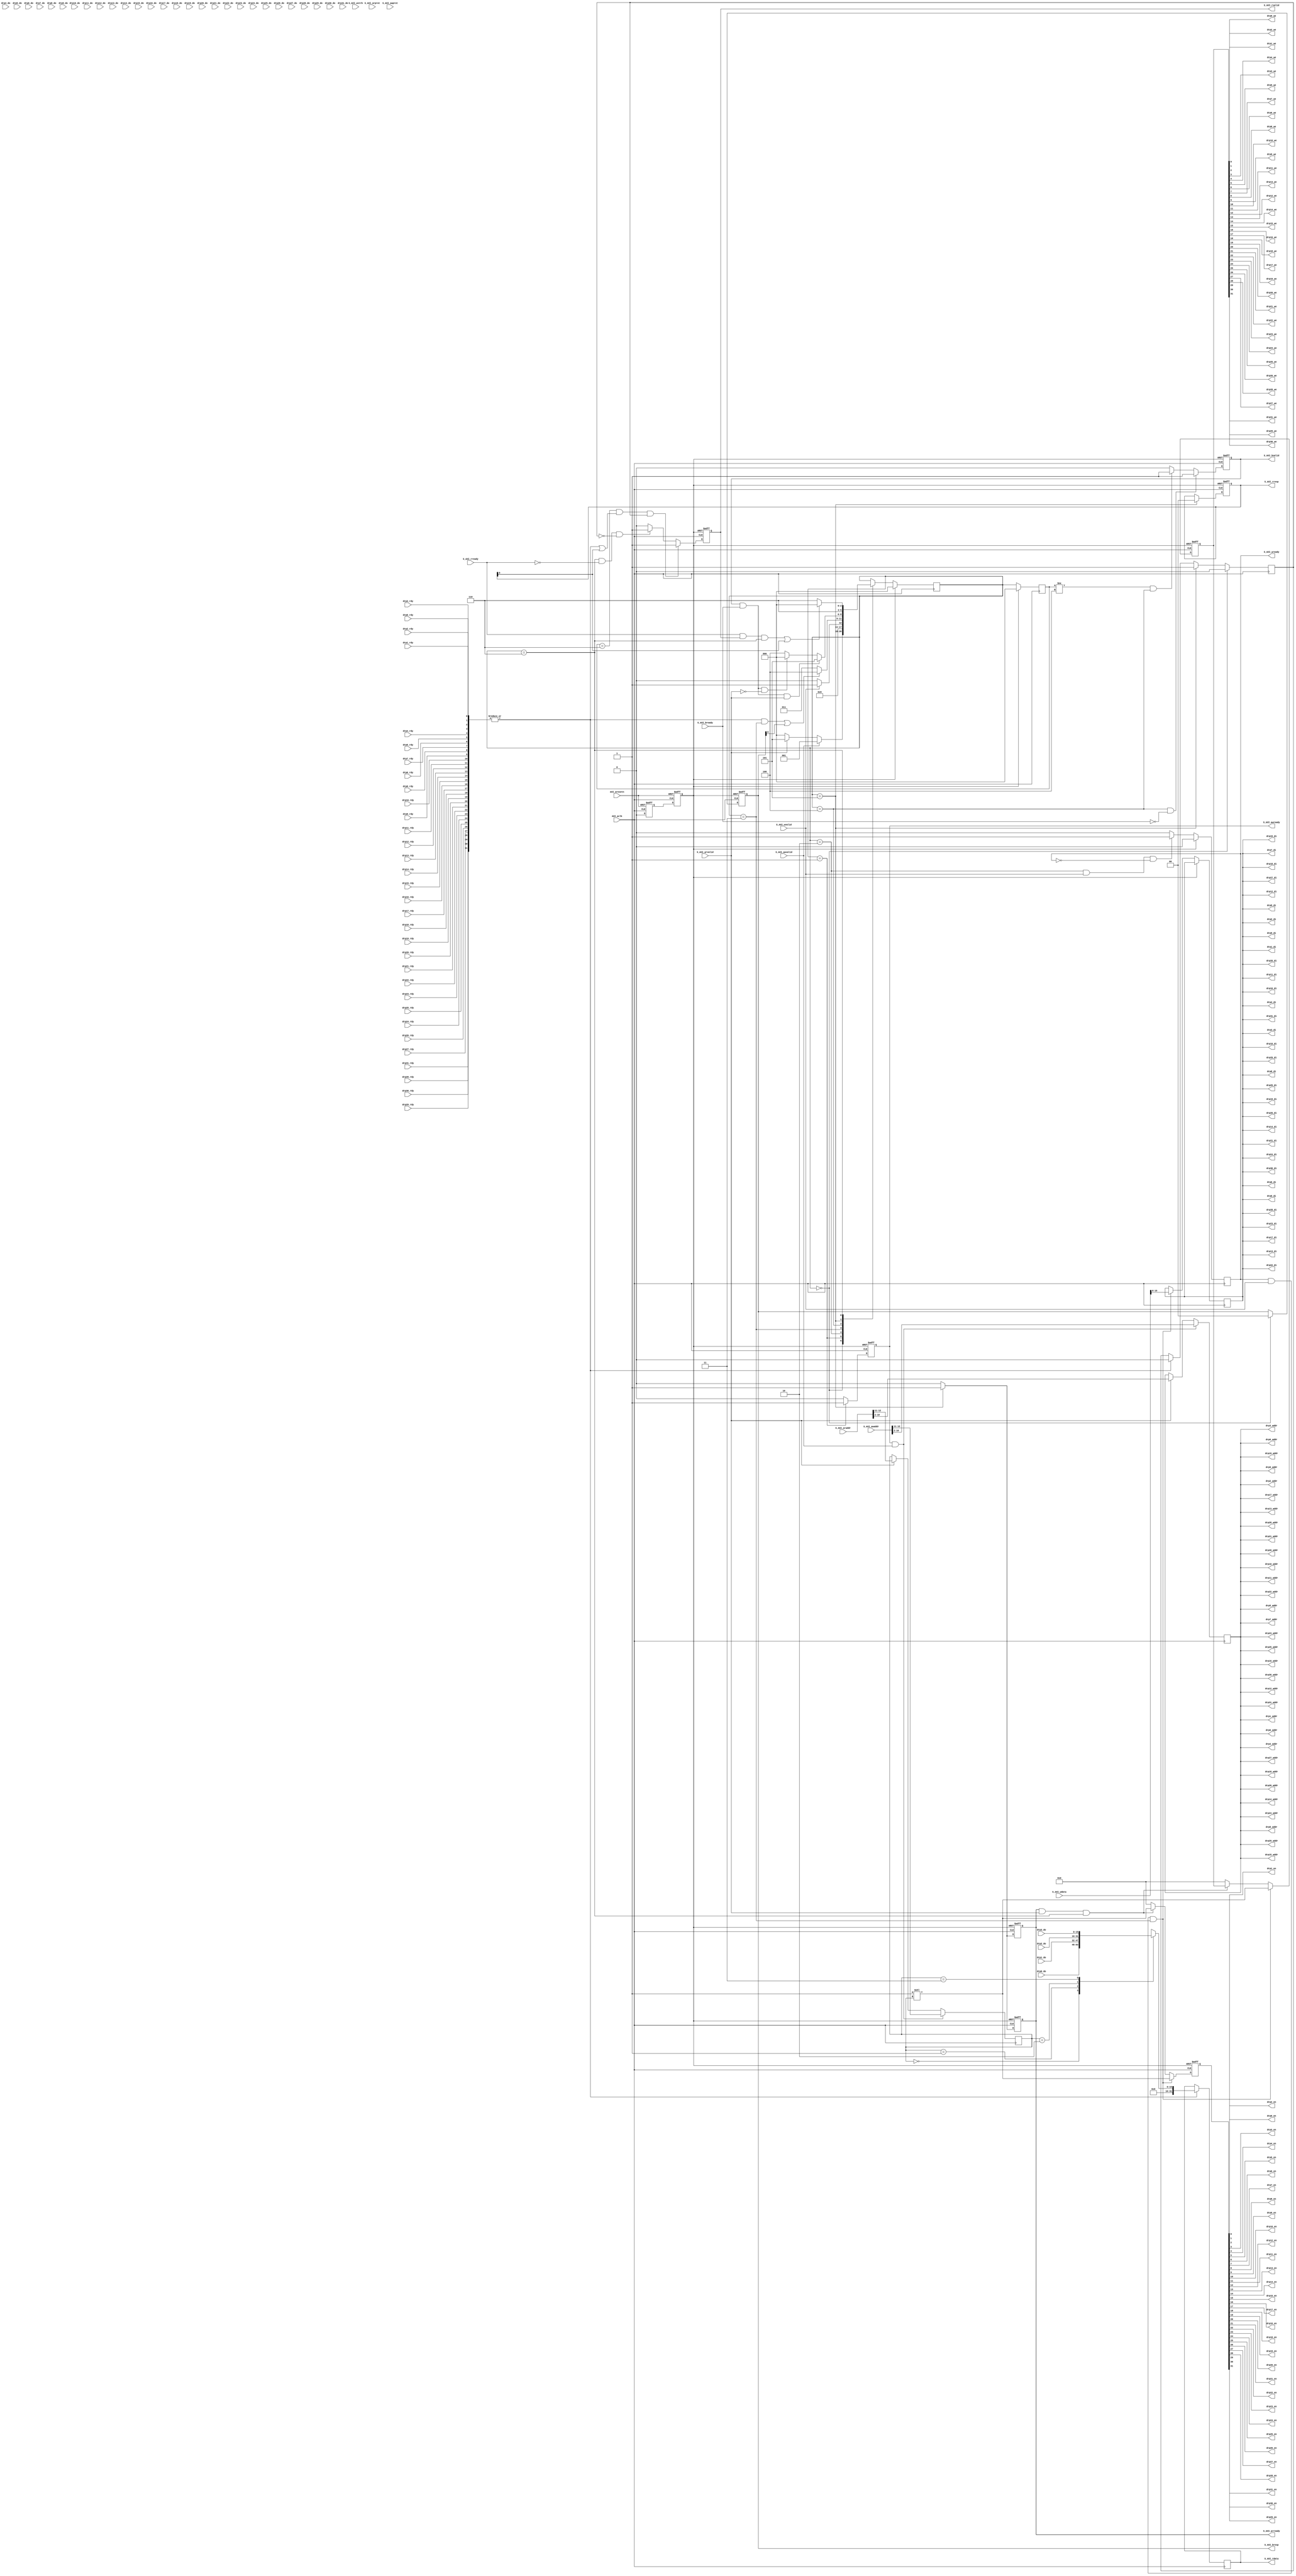
`timescale 1ns/1ns

module drp_bridge #(
  parameter DRP_COUNT            = 4, 
  parameter DRP_ADDR_WIDTH       = 9,                
  parameter DRP_DATA_WIDTH       = 16,
  parameter S_AXI_ADDR_WIDTH     = 32,               
  parameter S_AXI_DATA_WIDTH     = 32
  
)(

  //--------------  AXI Interface Signals         --------------
  input                             AXI_aclk,
  input                             AXI_aresetn,
  
  input  [32-1:0]                   S_AXI_araddr,
  output reg                        S_AXI_arready,
  input                             S_AXI_arvalid,
  input  [2:0]                      S_AXI_arprot,
  
  input [32-1:0]                    S_AXI_awaddr,
  output reg                        S_AXI_awready,
  input                             S_AXI_awvalid,
  input  [2:0]                      S_AXI_awprot,
  
  output reg [1:0]                  S_AXI_bresp,  
  input                             S_AXI_bready,
  output reg                        S_AXI_bvalid,
  
  output reg [S_AXI_DATA_WIDTH-1:0] S_AXI_rdata,
  input                             S_AXI_rready,
  output reg                        S_AXI_rvalid,
  output reg [1:0]                  S_AXI_rresp,
  
  input  [S_AXI_DATA_WIDTH-1:0]     S_AXI_wdata,
  output reg                        S_AXI_wready,
  input                             S_AXI_wvalid,
  input  [S_AXI_DATA_WIDTH/8-1:0]   S_AXI_wstrb,
  
  //-------------- Dynamic Reconfiguration Port (DRP) --------------
  
  output                                      drp0_en,
  output                                      drp0_we,
  output    [DRP_ADDR_WIDTH-1: 0]             drp0_addr,
  output    [DRP_DATA_WIDTH-1: 0]             drp0_di,
  input  [DRP_DATA_WIDTH-1: 0]                drp0_do,
  input                                       drp0_rdy,  

  output                                      drp1_en,
  output                                      drp1_we,
  output    [DRP_ADDR_WIDTH-1: 0]             drp1_addr,
  output     [DRP_DATA_WIDTH-1: 0]            drp1_di,
  input  [DRP_DATA_WIDTH-1: 0]                drp1_do,
  input                                       drp1_rdy,  

  output                                      drp2_en,
  output                                      drp2_we,
  output     [DRP_ADDR_WIDTH-1: 0]            drp2_addr,
  output     [DRP_DATA_WIDTH-1: 0]            drp2_di,            
  input  [DRP_DATA_WIDTH-1: 0]                drp2_do,
  input                                       drp2_rdy,
  
  output                                      drp3_en,
  output                                      drp3_we,
  output    [DRP_ADDR_WIDTH-1: 0]             drp3_addr,
  output     [DRP_DATA_WIDTH-1: 0]            drp3_di,
  input  [DRP_DATA_WIDTH-1: 0]                drp3_do,
  input                                       drp3_rdy,
  
  output                                      drp4_en,
  output                                      drp4_we,
  output     [DRP_ADDR_WIDTH-1: 0]            drp4_addr,
  output     [DRP_DATA_WIDTH-1: 0]            drp4_di,
  input  [DRP_DATA_WIDTH-1: 0]                drp4_do,
  input                                       drp4_rdy,

  output                                      drp5_en,
  output                                      drp5_we,
  output     [DRP_ADDR_WIDTH-1: 0]            drp5_addr,
  output     [DRP_DATA_WIDTH-1: 0]            drp5_di,
  input  [DRP_DATA_WIDTH-1: 0]                drp5_do,
  input                                       drp5_rdy,    
  
  output                                      drp6_en,
  output                                      drp6_we,
  output     [DRP_ADDR_WIDTH-1: 0]            drp6_addr,
  output     [DRP_DATA_WIDTH-1: 0]            drp6_di,
  input  [DRP_DATA_WIDTH-1: 0]                drp6_do,
  input                                       drp6_rdy,

  output                                      drp7_en,
  output                                      drp7_we,
  output     [DRP_ADDR_WIDTH-1: 0]            drp7_addr,
  output     [DRP_DATA_WIDTH-1: 0]            drp7_di,
  input  [DRP_DATA_WIDTH-1: 0]                drp7_do,
  input                                       drp7_rdy,

  output                                      drp8_en,
  output                                      drp8_we,
  output     [DRP_ADDR_WIDTH-1: 0]            drp8_addr,
  output     [DRP_DATA_WIDTH-1: 0]            drp8_di,
  input  [DRP_DATA_WIDTH-1: 0]                drp8_do,
  input                                       drp8_rdy,

  output                                      drp9_en,
  output                                      drp9_we,
  output     [DRP_ADDR_WIDTH-1: 0]            drp9_addr,
  output     [DRP_DATA_WIDTH-1: 0]            drp9_di,
  input  [DRP_DATA_WIDTH-1: 0]                drp9_do,
  input                                       drp9_rdy,

  output                                      drp10_en,
  output                                      drp10_we,
  output     [DRP_ADDR_WIDTH-1: 0]            drp10_addr,
  output     [DRP_DATA_WIDTH-1: 0]            drp10_di,
  input  [DRP_DATA_WIDTH-1: 0]                drp10_do,
  input                                       drp10_rdy,  

  output                                      drp11_en,
  output                                      drp11_we,
  output     [DRP_ADDR_WIDTH-1: 0]            drp11_addr,
  output     [DRP_DATA_WIDTH-1: 0]            drp11_di,
  input  [DRP_DATA_WIDTH-1: 0]                drp11_do,
  input                                       drp11_rdy,

  output                                      drp12_en,
  output                                      drp12_we,
  output     [DRP_ADDR_WIDTH-1: 0]            drp12_addr,
  output     [DRP_DATA_WIDTH-1: 0]            drp12_di,
  input  [DRP_DATA_WIDTH-1: 0]                drp12_do,
  input                                       drp12_rdy,

  output                                      drp13_en,
  output                                      drp13_we,
  output     [DRP_ADDR_WIDTH-1: 0]            drp13_addr,
  output     [DRP_DATA_WIDTH-1: 0]            drp13_di,
  input  [DRP_DATA_WIDTH-1: 0]                drp13_do,
  input                                       drp13_rdy,

  output                                      drp14_en,
  output                                      drp14_we,
  output     [DRP_ADDR_WIDTH-1: 0]            drp14_addr,
  output     [DRP_DATA_WIDTH-1: 0]            drp14_di,
  input  [DRP_DATA_WIDTH-1: 0]                drp14_do,
  input                                       drp14_rdy,

  output                                      drp15_en,
  output                                      drp15_we,
  output     [DRP_ADDR_WIDTH-1: 0]            drp15_addr,
  output     [DRP_DATA_WIDTH-1: 0]            drp15_di,
  input  [DRP_DATA_WIDTH-1: 0]                drp15_do,
  input                                       drp15_rdy,

  output                                      drp16_en,
  output                                      drp16_we,
  output     [DRP_ADDR_WIDTH-1: 0]            drp16_addr,
  output     [DRP_DATA_WIDTH-1: 0]            drp16_di,
  input  [DRP_DATA_WIDTH-1: 0]                drp16_do,
  input                                       drp16_rdy,

  output                                      drp17_en,
  output                                      drp17_we,
  output     [DRP_ADDR_WIDTH-1: 0]            drp17_addr,
  output     [DRP_DATA_WIDTH-1: 0]            drp17_di,
  input  [DRP_DATA_WIDTH-1: 0]                drp17_do,
  input                                       drp17_rdy,

  output                                      drp18_en,
  output                                      drp18_we,
  output     [DRP_ADDR_WIDTH-1: 0]            drp18_addr,
  output     [DRP_DATA_WIDTH-1: 0]            drp18_di,
  input  [DRP_DATA_WIDTH-1: 0]                drp18_do,
  input                                       drp18_rdy,

  output                                      drp19_en,
  output                                      drp19_we,
  output     [DRP_ADDR_WIDTH-1: 0]            drp19_addr,
  output     [DRP_DATA_WIDTH-1: 0]            drp19_di,
  input  [DRP_DATA_WIDTH-1: 0]                drp19_do,
  input                                       drp19_rdy,

  output                                      drp20_en,
  output                                      drp20_we,
  output    [DRP_ADDR_WIDTH-1: 0]             drp20_addr,
  output    [DRP_DATA_WIDTH-1: 0]             drp20_di,
  input  [DRP_DATA_WIDTH-1: 0]                drp20_do,
  input                                       drp20_rdy,  

  output                                      drp21_en,
  output                                      drp21_we,
  output    [DRP_ADDR_WIDTH-1: 0]             drp21_addr,
  output     [DRP_DATA_WIDTH-1: 0]            drp21_di,
  input  [DRP_DATA_WIDTH-1: 0]                drp21_do,
  input                                       drp21_rdy,  

  output                                      drp22_en,
  output                                      drp22_we,
  output     [DRP_ADDR_WIDTH-1: 0]            drp22_addr,
  output     [DRP_DATA_WIDTH-1: 0]            drp22_di,
  input  [DRP_DATA_WIDTH-1: 0]                drp22_do,
  input                                       drp22_rdy,
  
  output                                      drp23_en,
  output                                      drp23_we,
  output    [DRP_ADDR_WIDTH-1: 0]             drp23_addr,
  output     [DRP_DATA_WIDTH-1: 0]            drp23_di,
  input  [DRP_DATA_WIDTH-1: 0]                drp23_do,
  input                                       drp23_rdy,
  
  output                                      drp24_en,
  output                                      drp24_we,
  output     [DRP_ADDR_WIDTH-1: 0]            drp24_addr,
  output     [DRP_DATA_WIDTH-1: 0]            drp24_di,
  input  [DRP_DATA_WIDTH-1: 0]                drp24_do,
  input                                       drp24_rdy,

  output                                      drp25_en,
  output                                      drp25_we,
  output     [DRP_ADDR_WIDTH-1: 0]            drp25_addr,
  output     [DRP_DATA_WIDTH-1: 0]            drp25_di,
  input  [DRP_DATA_WIDTH-1: 0]                drp25_do,
  input                                       drp25_rdy,    
  
  output                                      drp26_en,
  output                                      drp26_we,
  output     [DRP_ADDR_WIDTH-1: 0]            drp26_addr,
  output     [DRP_DATA_WIDTH-1: 0]            drp26_di,
  input  [DRP_DATA_WIDTH-1: 0]                drp26_do,
  input                                       drp26_rdy,

  output                                      drp27_en,
  output                                      drp27_we,
  output     [DRP_ADDR_WIDTH-1: 0]            drp27_addr,
  output     [DRP_DATA_WIDTH-1: 0]            drp27_di,
  input  [DRP_DATA_WIDTH-1: 0]                drp27_do,
  input                                       drp27_rdy,

  output                                      drp28_en,
  output                                      drp28_we,
  output     [DRP_ADDR_WIDTH-1: 0]            drp28_addr,
  output     [DRP_DATA_WIDTH-1: 0]            drp28_di,
  input  [DRP_DATA_WIDTH-1: 0]                drp28_do,
  input                                       drp28_rdy,

  output                                      drp29_en,
  output                                      drp29_we,
  output     [DRP_ADDR_WIDTH-1: 0]            drp29_addr,
  output     [DRP_DATA_WIDTH-1: 0]            drp29_di,
  input  [DRP_DATA_WIDTH-1: 0]                drp29_do,
  input                                       drp29_rdy,

  output                                      drp30_en,
  output                                      drp30_we,
  output    [DRP_ADDR_WIDTH-1: 0]             drp30_addr,
  output    [DRP_DATA_WIDTH-1: 0]             drp30_di,
  input  [DRP_DATA_WIDTH-1: 0]                drp30_do,
  input                                       drp30_rdy,  

  output                                      drp31_en,
  output                                      drp31_we,
  output    [DRP_ADDR_WIDTH-1: 0]             drp31_addr,
  output     [DRP_DATA_WIDTH-1: 0]            drp31_di,
  input  [DRP_DATA_WIDTH-1: 0]                drp31_do,
  input                                       drp31_rdy  
  
  ) ; // drp_bridge
        

function integer clogb2;
    input [31:0] value;
    begin
        value = value - 1;
        for (clogb2 = 0; value > 0; clogb2 = clogb2 + 1) begin
            value = value >> 1;
        end
    end
endfunction

localparam MAXDRPs = 32;


//This is done due to limitations in the Packager
reg   [MAXDRPs-1:0] drp_en;
reg   [MAXDRPs-1:0] drp_we;
wire  [MAXDRPs-1:0] drp_rdy;
wire  [MAXDRPs*DRP_DATA_WIDTH-1:0] drp_do;
reg   [DRP_DATA_WIDTH-1:0] drp_di;
reg   [DRP_ADDR_WIDTH-1:0] drp_addr;

assign drp0_en = drp_en[0];
assign drp1_en = drp_en[1];
assign drp2_en = drp_en[2];
assign drp3_en = drp_en[3];
assign drp4_en = drp_en[4];
assign drp5_en = drp_en[5];
assign drp6_en = drp_en[6];
assign drp7_en = drp_en[7];
assign drp8_en = drp_en[8];
assign drp9_en = drp_en[9];
assign drp10_en = drp_en[10];
assign drp11_en = drp_en[11];
assign drp12_en = drp_en[12];
assign drp13_en = drp_en[13];
assign drp14_en = drp_en[14];
assign drp15_en = drp_en[15];
assign drp16_en = drp_en[16];
assign drp17_en = drp_en[17];
assign drp18_en = drp_en[18];
assign drp19_en = drp_en[19];
assign drp20_en = drp_en[20];
assign drp21_en = drp_en[21];
assign drp22_en = drp_en[22];
assign drp23_en = drp_en[23];
assign drp24_en = drp_en[24];
assign drp25_en = drp_en[25];
assign drp26_en = drp_en[26];
assign drp27_en = drp_en[27];
assign drp28_en = drp_en[28];
assign drp29_en = drp_en[29];
assign drp30_en = drp_en[30];
assign drp31_en = drp_en[31];

assign drp0_we = drp_we[0];
assign drp1_we = drp_we[1];
assign drp2_we = drp_we[2];
assign drp3_we = drp_we[3];
assign drp4_we = drp_we[4];
assign drp5_we = drp_we[5];
assign drp6_we = drp_we[6];
assign drp7_we = drp_we[7];
assign drp8_we = drp_we[8];
assign drp9_we = drp_we[9];
assign drp10_we = drp_we[10];
assign drp11_we = drp_we[11];
assign drp12_we = drp_we[12];
assign drp13_we = drp_we[13];
assign drp14_we = drp_we[14];
assign drp15_we = drp_we[15];
assign drp16_we = drp_we[16];
assign drp17_we = drp_we[17];
assign drp18_we = drp_we[18];
assign drp19_we = drp_we[19];
assign drp20_we = drp_we[20];
assign drp21_we = drp_we[21];
assign drp22_we = drp_we[22];
assign drp23_we = drp_we[23];
assign drp24_we = drp_we[24];
assign drp25_we = drp_we[25];
assign drp26_we = drp_we[26];
assign drp27_we = drp_we[27];
assign drp28_we = drp_we[28];
assign drp29_we = drp_we[29];
assign drp30_we = drp_we[30];
assign drp31_we = drp_we[31]; 

assign drp0_di = drp_di;
assign drp1_di = drp_di;
assign drp2_di = drp_di;
assign drp3_di = drp_di;
assign drp4_di = drp_di;
assign drp5_di = drp_di;
assign drp6_di = drp_di;
assign drp7_di = drp_di;
assign drp8_di = drp_di;
assign drp9_di = drp_di;
assign drp10_di = drp_di;
assign drp11_di = drp_di;
assign drp12_di = drp_di;
assign drp13_di = drp_di;
assign drp14_di = drp_di;
assign drp15_di = drp_di;
assign drp16_di = drp_di;
assign drp17_di = drp_di;
assign drp18_di = drp_di;
assign drp19_di = drp_di;
assign drp20_di = drp_di;
assign drp21_di = drp_di;
assign drp22_di = drp_di;
assign drp23_di = drp_di;
assign drp24_di = drp_di;
assign drp25_di = drp_di;
assign drp26_di = drp_di;
assign drp27_di = drp_di;
assign drp28_di = drp_di;
assign drp29_di = drp_di;
assign drp30_di = drp_di;
assign drp31_di = drp_di; 

assign drp0_addr = drp_addr;
assign drp1_addr = drp_addr;
assign drp2_addr = drp_addr;
assign drp3_addr = drp_addr;
assign drp4_addr = drp_addr;
assign drp5_addr = drp_addr;
assign drp6_addr = drp_addr;
assign drp7_addr = drp_addr;
assign drp8_addr = drp_addr;
assign drp9_addr = drp_addr;
assign drp10_addr = drp_addr;
assign drp11_addr = drp_addr;
assign drp12_addr = drp_addr;
assign drp13_addr = drp_addr;
assign drp14_addr = drp_addr;
assign drp15_addr = drp_addr;
assign drp16_addr = drp_addr;
assign drp17_addr = drp_addr;
assign drp18_addr = drp_addr;
assign drp19_addr = drp_addr;
assign drp20_addr = drp_addr;
assign drp21_addr = drp_addr;
assign drp22_addr = drp_addr;
assign drp23_addr = drp_addr;
assign drp24_addr = drp_addr;
assign drp25_addr = drp_addr;
assign drp26_addr = drp_addr;
assign drp27_addr = drp_addr;
assign drp28_addr = drp_addr;
assign drp29_addr = drp_addr;
assign drp30_addr = drp_addr;
assign drp31_addr = drp_addr; 

assign drp_rdy  = {   drp31_rdy, drp30_rdy, drp29_rdy, drp28_rdy, drp27_rdy, drp26_rdy, drp25_rdy, drp24_rdy, drp23_rdy, drp22_rdy, drp21_rdy, drp20_rdy,  
                    drp19_rdy, drp18_rdy, drp17_rdy, drp16_rdy, drp15_rdy, drp14_rdy, drp13_rdy, drp12_rdy, drp11_rdy, drp10_rdy, 
                    drp9_rdy, drp8_rdy, drp7_rdy, drp6_rdy, drp5_rdy, drp4_rdy, drp3_rdy, drp2_rdy, drp1_rdy, drp0_rdy};
assign drp_do   = { drp31_do, drp30_do, drp29_do, drp28_do, drp27_do, drp26_do, drp25_do, drp24_do, drp23_do, drp22_do, drp21_do, drp20_do, 
                    drp19_do, drp18_do, drp17_do, drp16_do, drp15_do, drp14_do, drp13_do, drp12_do, drp11_do, drp10_do, 
                    drp9_do, drp8_do, drp7_do, drp6_do, drp5_do, drp4_do, drp3_do, drp2_do, drp1_do, drp0_do};



localparam dly = 1;
localparam extra_addr_bits         = clogb2(DRP_COUNT);
localparam dpr_select_width        = (extra_addr_bits == 0 ) ? 1 : extra_addr_bits;
localparam extra_addr_bits_plusone = clogb2(DRP_COUNT+1);
reg read_pending;

reg [dpr_select_width-1:0] drp_select;

wire drp_write_done;
wire drp_read_done;
reg drp_we_r;
reg drp_en_r;
wire bad_wr_addr;
wire bad_rd_addr;
wire bad_wr_addr_r;
wire bad_rd_addr_r;



//+---------------------------------------------------------------------------+
//|                paramaterizable MUX                                        |
//+---------------------------------------------------------------------------+
integer ii;
reg     [DRP_DATA_WIDTH-1:0] drp_do_array [0:DRP_COUNT-1];

always @*
    for(ii=0; ii<DRP_COUNT; ii=ii+1) begin
        drp_do_array[ii] = drp_do[(ii*DRP_DATA_WIDTH)+:DRP_DATA_WIDTH];
    end 



//+---------------------------------------------------------------+
//|       Synchronizing the Reset                                 |
//+---------------------------------------------------------------+
reg AXI_aresetn_r1 ;
reg AXI_aresetn_r2 ;
wire AXI_sreset ;

always @ (posedge AXI_aclk or negedge AXI_aresetn)
begin
 if (AXI_aresetn == 1'b0) begin
  AXI_aresetn_r1                   <= #(dly) 1'd1;
  AXI_aresetn_r2                   <= #(dly) 1'd1;
 end
 else begin
  AXI_aresetn_r1                   <= #(dly) 1'b0;
  AXI_aresetn_r2                   <= #(dly) AXI_aresetn_r1;
 end
end

assign AXI_sreset = AXI_aresetn_r2;                
       
//State Machine Signals:
  localparam idle_state           = 3'b000;
  localparam drp_write_state      = 3'b001;
  localparam drp_write_data_latch = 3'b010;
  localparam drp_write_wait       = 3'b011;
  localparam write_response       = 3'b100;
  localparam drp_read_state       = 3'b101;
  localparam drp_read_wait        = 3'b110;
  reg [2:0] state_wr              = idle_state;
  
//+---------------------------------------------------------------------------+
//|                 Main State Machine                                        |
//+---------------------------------------------------------------------------+

reg [2:0] state_wr_r;
always @ (posedge AXI_aclk)
begin
  if ( AXI_sreset == 1'b1) 
    state_wr_r         <= #(dly) 0;
  else
    state_wr_r         <= #(dly) state_wr;
end

always @(posedge AXI_aclk)
begin
 if ( AXI_sreset == 1'b1) begin
   state_wr <= #(dly) idle_state;
 end
 else begin
   case (state_wr)
     idle_state : begin  //wait for a command to come in
       if (S_AXI_awvalid) //AXI has independant channels; need to handle both
          state_wr <= #(dly) drp_write_state;
       else if(S_AXI_arvalid)
          state_wr <= #(dly) drp_read_state;
       else
         state_wr <= #(dly) idle_state;
     end
     drp_write_state : begin //writing to DRP   
         state_wr <= #(dly) drp_write_data_latch;
     end  
     drp_write_data_latch : begin //writing to DRP
       if (S_AXI_wvalid)
         state_wr <= #(dly) drp_write_wait;
       else 
         state_wr <= #(dly) drp_write_data_latch;
     end         
     drp_write_wait : begin //writing to DRP
       if (drp_write_done  || S_AXI_bresp[0] )
         state_wr <= #(dly) write_response;
       else 
         state_wr <= #(dly) drp_write_wait;
     end 
     write_response : begin //writing to DRP
       if (S_AXI_bvalid && S_AXI_bready && S_AXI_arvalid )
         state_wr <= #(dly) drp_read_state;
       else if (S_AXI_bvalid && S_AXI_bready && !S_AXI_arvalid)
         state_wr <= #(dly) idle_state;         
       else 
         state_wr <= #(dly) write_response;
     end           
     drp_read_state : begin //reading from DRP
       state_wr <= #(dly) drp_read_wait;
     end
     drp_read_wait : begin //reading from DRP
       if (drp_read_done || S_AXI_rresp[0])
         state_wr <= #(dly) idle_state;
       else 
         state_wr <= #(dly) drp_read_wait;
     end

   endcase
 end // not AXI_sreset
end // AXI_aclk domain

//+----------------------------------------------------------------------------+
//|                 AXI Outputs                                                |
//+----------------------------------------------------------------------------+

always @ (posedge AXI_aclk or posedge AXI_sreset)
begin
  if (AXI_sreset == 1'b1)
    S_AXI_arready                  <= #(dly) 1'b0;
  else if (state_wr == drp_read_state) 
    S_AXI_arready                  <= #(dly) 1'b1;
  else
    S_AXI_arready                  <= #(dly) 1'b0;
end

always @ (posedge AXI_aclk or posedge AXI_sreset)
begin
  if (AXI_sreset == 1'b1)
    S_AXI_awready                  <= #(dly) 1'b0;
  else if (state_wr == drp_write_state) 
    S_AXI_awready                  <= #(dly) 1'b1;
  else
    S_AXI_awready                  <= #(dly) 1'b0;
end

always @ (posedge AXI_aclk or posedge AXI_sreset)
begin
  if (AXI_sreset == 1'b1)
    S_AXI_bvalid                  <= #(dly) 1'b0;
  else if ( state_wr == write_response && !S_AXI_bready)  
    S_AXI_bvalid                  <= #(dly) 1'b1;
  else if ((state_wr_r != write_response) && (state_wr == write_response))
    S_AXI_bvalid                  <= #(dly) 1'b1;
  else
    S_AXI_bvalid                  <= #(dly) 1'b0;  
end

always @ (posedge AXI_aclk or posedge AXI_sreset) 
begin
  if (AXI_sreset == 1'b1)
    S_AXI_rvalid                  <= #(dly) 1'b0;
  else if (((state_wr_r == drp_read_wait) && (|drp_rdy || S_AXI_rresp[0]) && read_pending )) begin    
    S_AXI_rvalid                  <= #(dly) 1'b1;
  end else if ((state_wr == drp_read_wait) && !S_AXI_rready && !read_pending)
    S_AXI_rvalid                  <= #(dly) 1'b1;
  else
    S_AXI_rvalid                  <= #(dly) 1'b0;
end

always @ (posedge AXI_aclk) 
begin
  if (|drp_rdy)
   // S_AXI_rdata                   <= #(dly) {drp_do[7:0], drp_do[15:8], 16'd0};
    S_AXI_rdata                   <= #(dly) drp_do_array[drp_select];
  
end

        
always @ (posedge AXI_aclk )
begin
  if (state_wr == idle_state)
    read_pending                  <= #(dly) 1'b0;
  else if (state_wr == drp_read_state)  
    read_pending                  <= #(dly) 1'b1;
  else if (|drp_rdy)
    read_pending                  <= #(dly) 1'b0; 
     
end

always @ (posedge AXI_aclk )
begin
  if (AXI_sreset == 1'b1)
    S_AXI_wready                  <= #(dly) 1'b0;
  else if ((state_wr == drp_write_data_latch) && S_AXI_wvalid && !S_AXI_wready) 
    S_AXI_wready                  <= #(dly) 1'b1;
  else begin
    S_AXI_wready                  <= #(dly) 1'b0;
 end
end

always @ (posedge AXI_aclk or posedge AXI_sreset)
begin
  if (AXI_sreset == 1'b1) begin
    drp_we                     <= #(dly) {DRP_COUNT{1'b0}};
    drp_en                     <= #(dly) {DRP_COUNT{1'b0}}; 
  end else if (S_AXI_wready && S_AXI_wvalid && (state_wr == drp_write_wait)) begin  
    drp_di                     <= #(dly) S_AXI_wdata[DRP_DATA_WIDTH-1:0];
    drp_we                     <= #(dly) 1'b1 << drp_select;
    drp_en                     <= #(dly) 1'b1 << drp_select;
  end else if ( S_AXI_arready && S_AXI_arvalid && (state_wr == drp_read_wait) ) begin
    drp_en                     <= #(dly) 1'b1 << drp_select;
  end else begin
    drp_we                     <= #(dly) {DRP_COUNT{1'b0}};
    drp_en                     <= #(dly) {DRP_COUNT{1'b0}};
  end  
end

always @ (posedge AXI_aclk )
begin
  if (S_AXI_awready && S_AXI_awvalid) begin  
    drp_addr                  <= #(dly) S_AXI_awaddr[DRP_ADDR_WIDTH+1:2];
    drp_select                <= #(dly) S_AXI_awaddr[DRP_ADDR_WIDTH+2+extra_addr_bits:DRP_ADDR_WIDTH+2];
  end else if ( S_AXI_arvalid) begin 
    drp_addr                  <= #(dly) S_AXI_araddr[DRP_ADDR_WIDTH+1:2]; 
    drp_select                <= #(dly) S_AXI_araddr[DRP_ADDR_WIDTH+2+extra_addr_bits:DRP_ADDR_WIDTH+2];
  end 
end

assign drp_write_done = |drp_rdy && (state_wr == drp_write_wait);
assign drp_read_done  = S_AXI_rready && S_AXI_rvalid && (state_wr == drp_read_wait);


//+---------------------------------------------------------------------------+
//|                Bad  addr detector                                         |
//+---------------------------------------------------------------------------+


if (DRP_COUNT > 1 && (extra_addr_bits_plusone == extra_addr_bits)) begin: find_bad_addr
   assign bad_wr_addr = (S_AXI_awvalid & (S_AXI_awaddr[DRP_ADDR_WIDTH+2+extra_addr_bits-1:DRP_ADDR_WIDTH+2] >= DRP_COUNT));
   assign bad_rd_addr = (S_AXI_arvalid & (S_AXI_araddr[DRP_ADDR_WIDTH+2+extra_addr_bits-1:DRP_ADDR_WIDTH+2] >= DRP_COUNT));
end else begin: dont_find_bad_addr
   assign bad_wr_addr = 0;
   assign bad_rd_addr = 0;
end

always @ (posedge AXI_aclk or posedge AXI_sreset)
begin
  if (AXI_sreset == 1'b1)
    S_AXI_arready                  <= #(dly) 1'b0;
  else if (state_wr == drp_read_state) 
    S_AXI_arready                  <= #(dly) 1'b1;
  else
    S_AXI_arready                  <= #(dly) 1'b0;
end

always @ (posedge AXI_aclk or posedge AXI_sreset)
begin
  if (AXI_sreset == 1'b1) 
    S_AXI_bresp                  <= #(dly) 2'b00;
  else if (state_wr == drp_write_state  && bad_wr_addr) 
    S_AXI_bresp                  <= #(dly) 2'b11;
  else if (state_wr == idle_state)
    S_AXI_bresp                  <= #(dly) 2'b00;
  else 
    S_AXI_bresp                  <= #(dly) S_AXI_bresp;
end

always @ (posedge AXI_aclk or posedge AXI_sreset)
begin
  if (AXI_sreset == 1'b1) 
    S_AXI_rresp                  <= #(dly) 2'b00;
  else if (state_wr == drp_read_state  && bad_rd_addr) 
    S_AXI_rresp                  <= #(dly) 2'b11;
  else if (state_wr == drp_read_state  && !bad_rd_addr)
    S_AXI_rresp                  <= #(dly) 2'b00;
  else 
    S_AXI_rresp                  <= #(dly) S_AXI_rresp;
end

endmodule